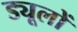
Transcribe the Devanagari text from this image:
ड्यूलों